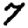
Digit: 7